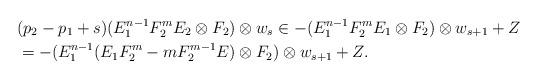
LaTeX: \begin{align*}& (p_2 - p_1 + s)(E_{1}^{n-1} F_{2}^{m} E_2 \otimes F_2) \otimes w_s \in - (E_{1}^{n-1} F_{2}^{m} E_1 \otimes F_2) \otimes w_{s+1} + Z \\& = - (E_{1}^{n-1}(E_1 F_{2}^{m} - m F_{2}^{m-1} E) \otimes F_2) \otimes w_{s+1} + Z.\end{align*}